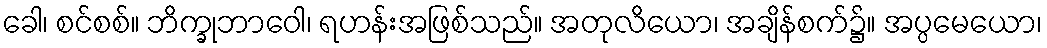
ခေါ၊ စင်စစ်။ ဘိက္ခုဘာဝေါ၊ ရဟန်းအဖြစ်သည်။ အတုလိယော၊ အချိန်စက်၌။ အပ္ပမေယော၊